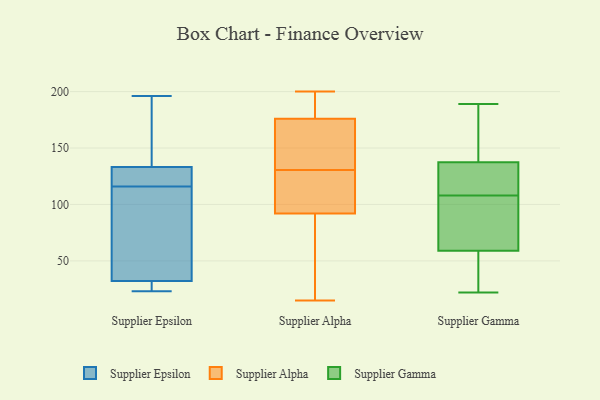
{"axis": {"x": "Revenue (USD Million)", "y": "Value"}, "legend": ["Supplier Alpha", "Supplier Epsilon", "Supplier Gamma"], "data": [{"x": "", "y": 127, "type": "Supplier Epsilon"}, {"x": "", "y": 53, "type": "Supplier Epsilon"}, {"x": "", "y": 34, "type": "Supplier Epsilon"}, {"x": "", "y": 127, "type": "Supplier Epsilon"}, {"x": "", "y": 158, "type": "Supplier Epsilon"}, {"x": "", "y": 27, "type": "Supplier Epsilon"}, {"x": "", "y": 27, "type": "Supplier Epsilon"}, {"x": "", "y": 60, "type": "Supplier Epsilon"}, {"x": "", "y": 196, "type": "Supplier Epsilon"}, {"x": "", "y": 143, "type": "Supplier Epsilon"}, {"x": "", "y": 116, "type": "Supplier Epsilon"}, {"x": "", "y": 130, "type": "Supplier Epsilon"}, {"x": "", "y": 23, "type": "Supplier Epsilon"}, {"x": "", "y": 93, "type": "Supplier Alpha"}, {"x": "", "y": 160, "type": "Supplier Alpha"}, {"x": "", "y": 127, "type": "Supplier Alpha"}, {"x": "", "y": 176, "type": "Supplier Alpha"}, {"x": "", "y": 134, "type": "Supplier Alpha"}, {"x": "", "y": 195, "type": "Supplier Alpha"}, {"x": "", "y": 176, "type": "Supplier Alpha"}, {"x": "", "y": 82, "type": "Supplier Alpha"}, {"x": "", "y": 200, "type": "Supplier Alpha"}, {"x": "", "y": 86, "type": "Supplier Alpha"}, {"x": "", "y": 169, "type": "Supplier Alpha"}, {"x": "", "y": 15, "type": "Supplier Alpha"}, {"x": "", "y": 21, "type": "Supplier Alpha"}, {"x": "", "y": 116, "type": "Supplier Alpha"}, {"x": "", "y": 176, "type": "Supplier Alpha"}, {"x": "", "y": 162, "type": "Supplier Alpha"}, {"x": "", "y": 96, "type": "Supplier Alpha"}, {"x": "", "y": 92, "type": "Supplier Alpha"}, {"x": "", "y": 127, "type": "Supplier Gamma"}, {"x": "", "y": 183, "type": "Supplier Gamma"}, {"x": "", "y": 173, "type": "Supplier Gamma"}, {"x": "", "y": 139, "type": "Supplier Gamma"}, {"x": "", "y": 61, "type": "Supplier Gamma"}, {"x": "", "y": 110, "type": "Supplier Gamma"}, {"x": "", "y": 56, "type": "Supplier Gamma"}, {"x": "", "y": 121, "type": "Supplier Gamma"}, {"x": "", "y": 136, "type": "Supplier Gamma"}, {"x": "", "y": 22, "type": "Supplier Gamma"}, {"x": "", "y": 106, "type": "Supplier Gamma"}, {"x": "", "y": 84, "type": "Supplier Gamma"}, {"x": "", "y": 97, "type": "Supplier Gamma"}, {"x": "", "y": 62, "type": "Supplier Gamma"}, {"x": "", "y": 57, "type": "Supplier Gamma"}, {"x": "", "y": 57, "type": "Supplier Gamma"}, {"x": "", "y": 114, "type": "Supplier Gamma"}, {"x": "", "y": 172, "type": "Supplier Gamma"}, {"x": "", "y": 49, "type": "Supplier Gamma"}, {"x": "", "y": 189, "type": "Supplier Gamma"}]}